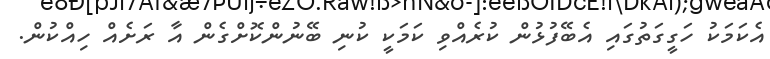
އެކަމަކު ހަގީގަތުގައި އެބޭފުޅުން ކުރެއްވި ކަމަކީ ކުނި ބޭނުންކޮށްގެން އާ ރަށެއް ހިއްކުން.